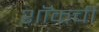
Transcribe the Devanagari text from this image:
शॉकची